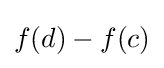
f(d)-f(c)